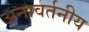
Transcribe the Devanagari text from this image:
अनावर्तनीय